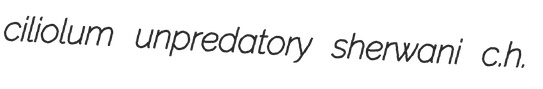
ciliolum unpredatory sherwani c.h.